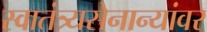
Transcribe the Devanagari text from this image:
स्वातंत्र्यसेनान्यांवर